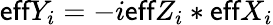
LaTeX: \textsf{eff}Y_{i}=-i\textsf{eff}Z_{i}*\textsf{eff}X_{i}